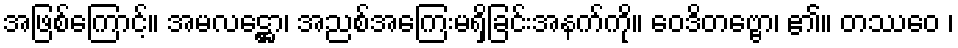
အဖြစ်ကြောင့်။ အမလဋ္ဌော၊ အညစ်အကြေးမရှိခြင်းအနက်ကို။ ဝေဒိတဗ္ဗော၊ ၏။ တဿေဝ ၊